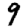
Digit: 9